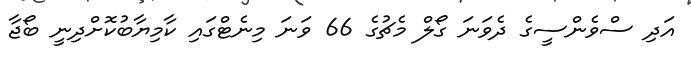
އަދި ސްވެންސީގެ ދެވަނަ ގޯލް މެޗުގެ 66 ވަނަ މިނެޓްގައި ކާމިޔާބުކޮށްދިނީ ބޯޖާ